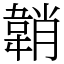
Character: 韒